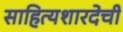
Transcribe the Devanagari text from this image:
साहित्यशारदेची